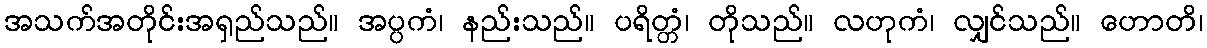
အသက်အတိုင်းအရှည်သည်။ အပ္ပကံ၊ နည်းသည်။ ပရိတ္တံ၊ တိုသည်။ လဟုကံ၊ လျှင်သည်။ ဟောတိ၊